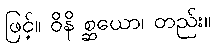
ဖြင့်။ ဝိနိ စ္ဆယော၊ တည်း။